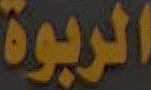
الربوة